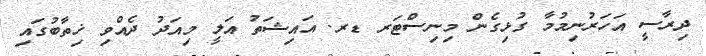
ދިރާސީ އަހަރުނިމުމާ ގުޅިގެން މިނިސްޓަރ ޑރ. އައިޝަތު އަލީ މިއަދު ދެއްވި ޚިތާބުގައި